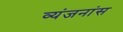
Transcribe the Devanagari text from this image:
व्यंजनांस